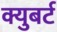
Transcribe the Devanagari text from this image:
क्युबर्ट